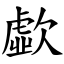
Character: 歔